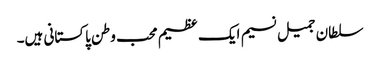
سلطان جمیل نسیم ایک عظیم محب وطن پاکستانی ہیں۔